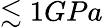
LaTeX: \lesssim 1GPa